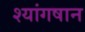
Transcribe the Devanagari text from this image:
श्यांगषान